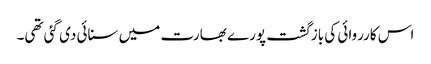
اس کارروائی کی بازگشت پورے بھارت میں سنائی دی گئی تھی۔